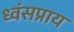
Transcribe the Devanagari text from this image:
ध्वंसप्राय